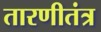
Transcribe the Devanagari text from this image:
तारणीतंत्र